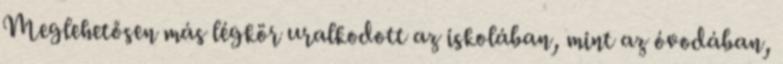
Meglehetősen más légkör uralkodott az iskolában, mint az óvodában,